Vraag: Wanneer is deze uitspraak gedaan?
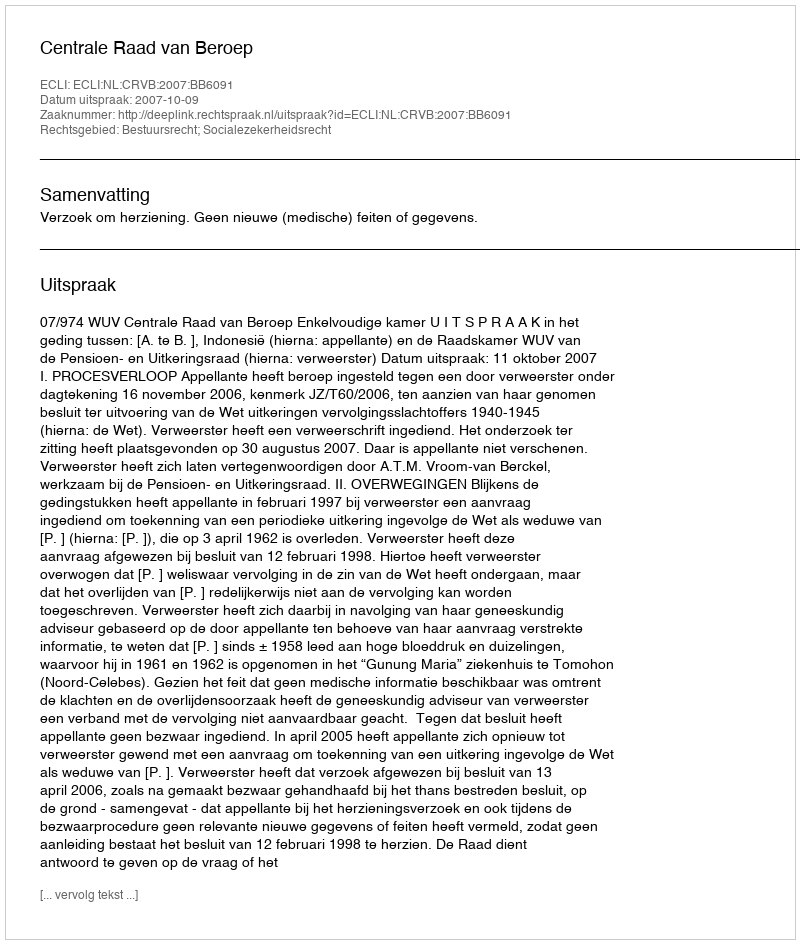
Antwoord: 2007-10-09